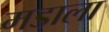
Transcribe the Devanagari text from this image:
मडाला